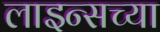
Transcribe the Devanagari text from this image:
लाइन्सच्या